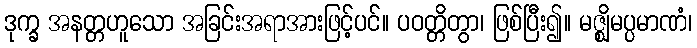
ဒုက္ခ အနတ္တဟူသော အခြင်းအရာအားဖြင့်ပင်။ ပဝတ္တိတွာ၊ ဖြစ်ပြီး၍။ မဇ္ဈိမပ္ပမာဏံ၊